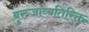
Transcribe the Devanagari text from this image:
बुरुजाव्यतिरिक्त